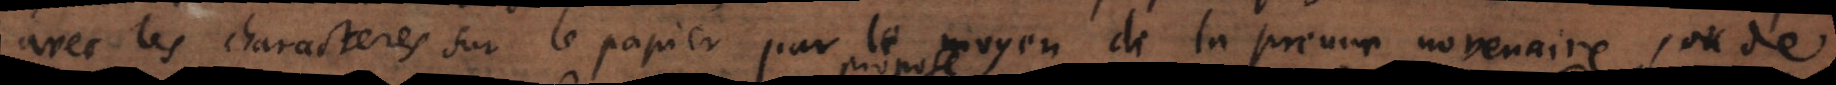
aracteres sur le papier par le moyen de la preuve novenaire, ou de